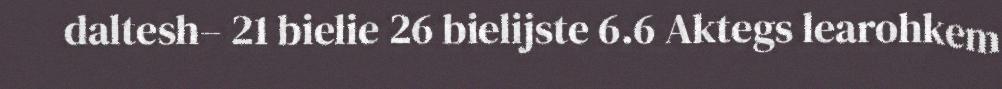
daltesh– 21 bielie 26 bielijste 6.6 Aktegs learohkem